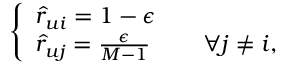
\left\{ \begin{array} { l l } { \hat { r } _ { u i } = 1 - \epsilon } & { } \\ { \hat { r } _ { u j } = \frac { \epsilon } { M - 1 } } & { ~ ~ ~ \forall j \ne i , } \end{array} \right.